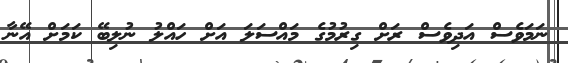
ނަމަވެސް އަދިވެސް ރަށް ގިރުމުގެ މައްސަލަ އަށް ހައްލު ނުލިބޭ ކަމަށް އޭނާ